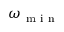
\omega _ { \mathrm { ~ m ~ i ~ n ~ } }